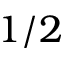
1 / 2